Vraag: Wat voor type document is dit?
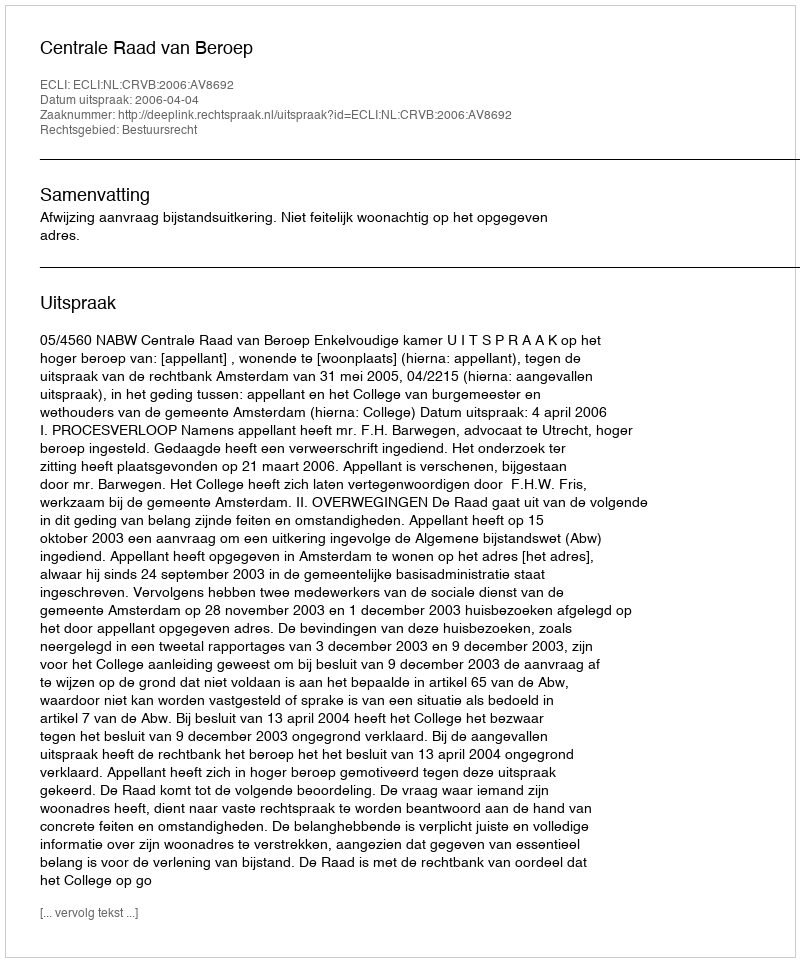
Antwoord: Uitspraak